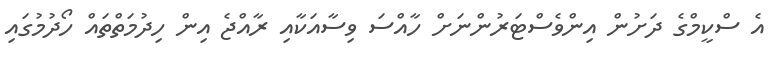
އެ ސްކީމްގެ ދަށުން އިންވެސްޓަރުންނަށް ހާއްސަ ވިސާއަކާއި ރާއްޖެ އިން ހިދުމަތްތައް ހޯދުމުގައި